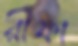
রীফা